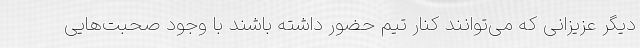
دیگر عزیزانی که می‌توانند کنار تیم حضور داشته باشند با وجود صحبت‌هایی